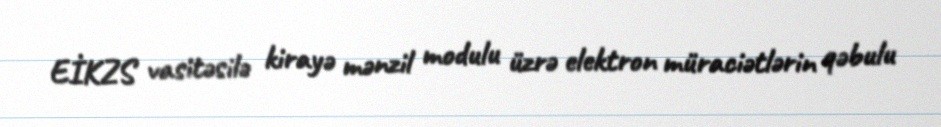
EİKZS vasitəsilə kirayə mənzil modulu üzrə elektron müraciətlərin qəbulu